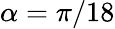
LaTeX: \alpha=\pi/18